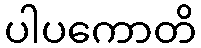
ပါပကောတိ